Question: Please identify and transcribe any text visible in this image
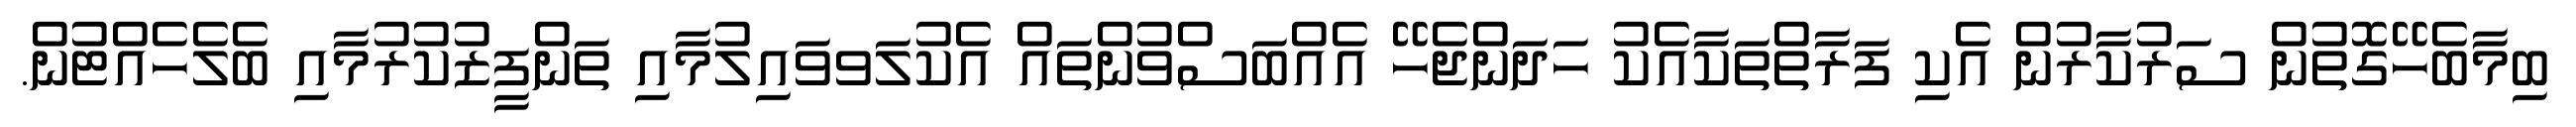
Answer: ބިމާބެހޭގޮތުން ސަރުކާރުން އެކި ފަރާތްތަކާއެކު ހަދަންޖެހޭ އެއްބަސްވުންތައް އެކުލަވވައިލުމާއި ތަންފީޒުކުރުމާއި ބެލެހެއްޓުން.